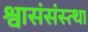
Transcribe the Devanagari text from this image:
श्वासंसंस्त्था